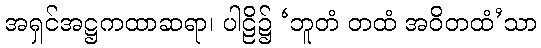
အရှင်အဋ္ဌကထာဆရာ၊ ပါဠိ၌ ‘ဘူတံ တထံ အဝိတထံ’သာ